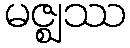
မဇ္ဈဿ